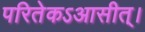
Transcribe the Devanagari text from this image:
परितेकऽआसीत्।